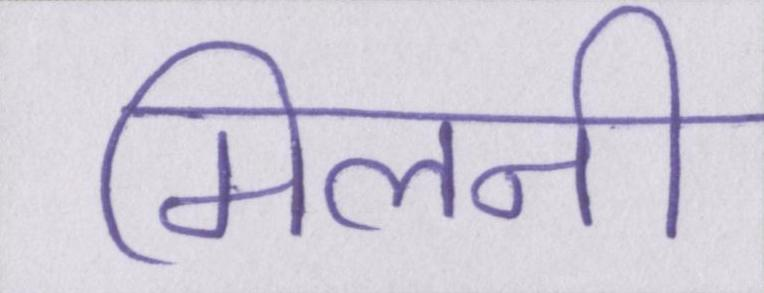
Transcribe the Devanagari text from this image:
मिलनी